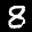
Label: 8